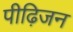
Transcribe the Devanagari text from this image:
पीढ़िजन